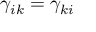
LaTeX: \gamma _ { i k } = \gamma _ { k i }